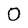
Character: 0